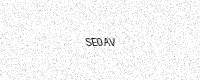
Text: SE0AV